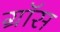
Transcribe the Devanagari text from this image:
ग्राॅस